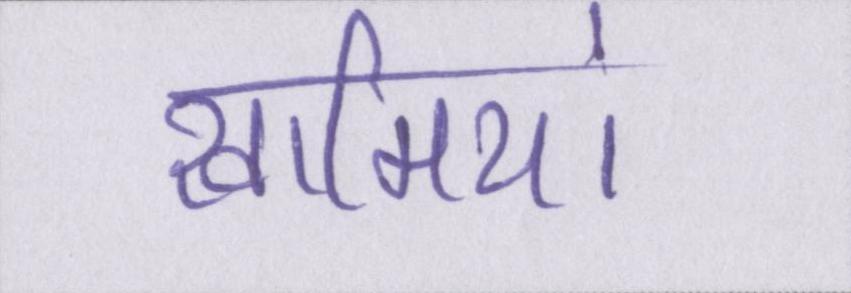
खामियां